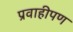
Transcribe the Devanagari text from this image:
प्रवाहीपण